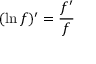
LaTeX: ( \ln f ) ^ { \prime } = { \frac { f ^ { \prime } } { f } } \quad